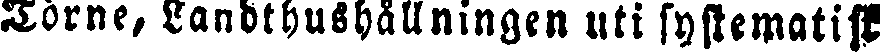
Törne, Landthushållningen uti systematiskt